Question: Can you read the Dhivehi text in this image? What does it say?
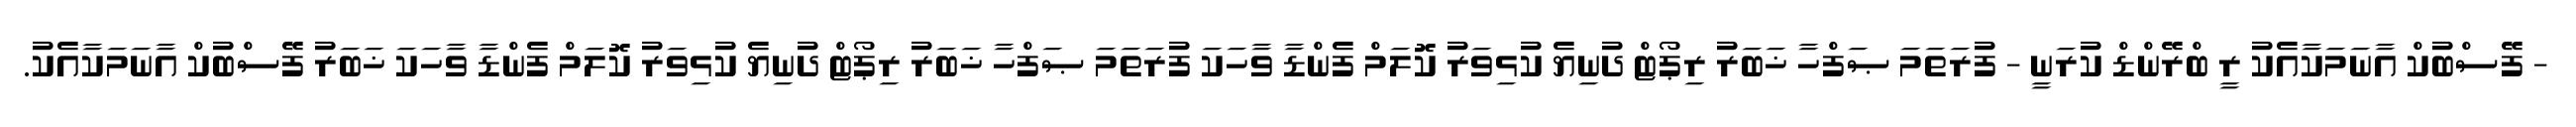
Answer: - ފޭސްބުކް އާނަމަކާއެކު ރީ ބްރޭންޑް ކުރަނީ - ފުރަތަމަ ޞަފްހާ ޚަބަރު ރިޕޯޓް ދުނިޔެ ކުޅިވަރު ކޮލަމް ފެންޑާ ވާހަކަ ފުރަތަމަ ޞަފްހާ ޚަބަރު ރިޕޯޓް ދުނިޔެ ކުޅިވަރު ކޮލަމް ފެންޑާ ވާހަކަ ޚަބަރު ފޭސްބުކް އާނަމަކާއެކު.